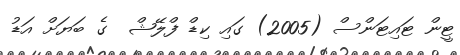
ޓީން ޓައިޓަންސް (2005) ގައި ކިޑް ފްލޭޝް  ގެ ބަޔަށް އަޑު